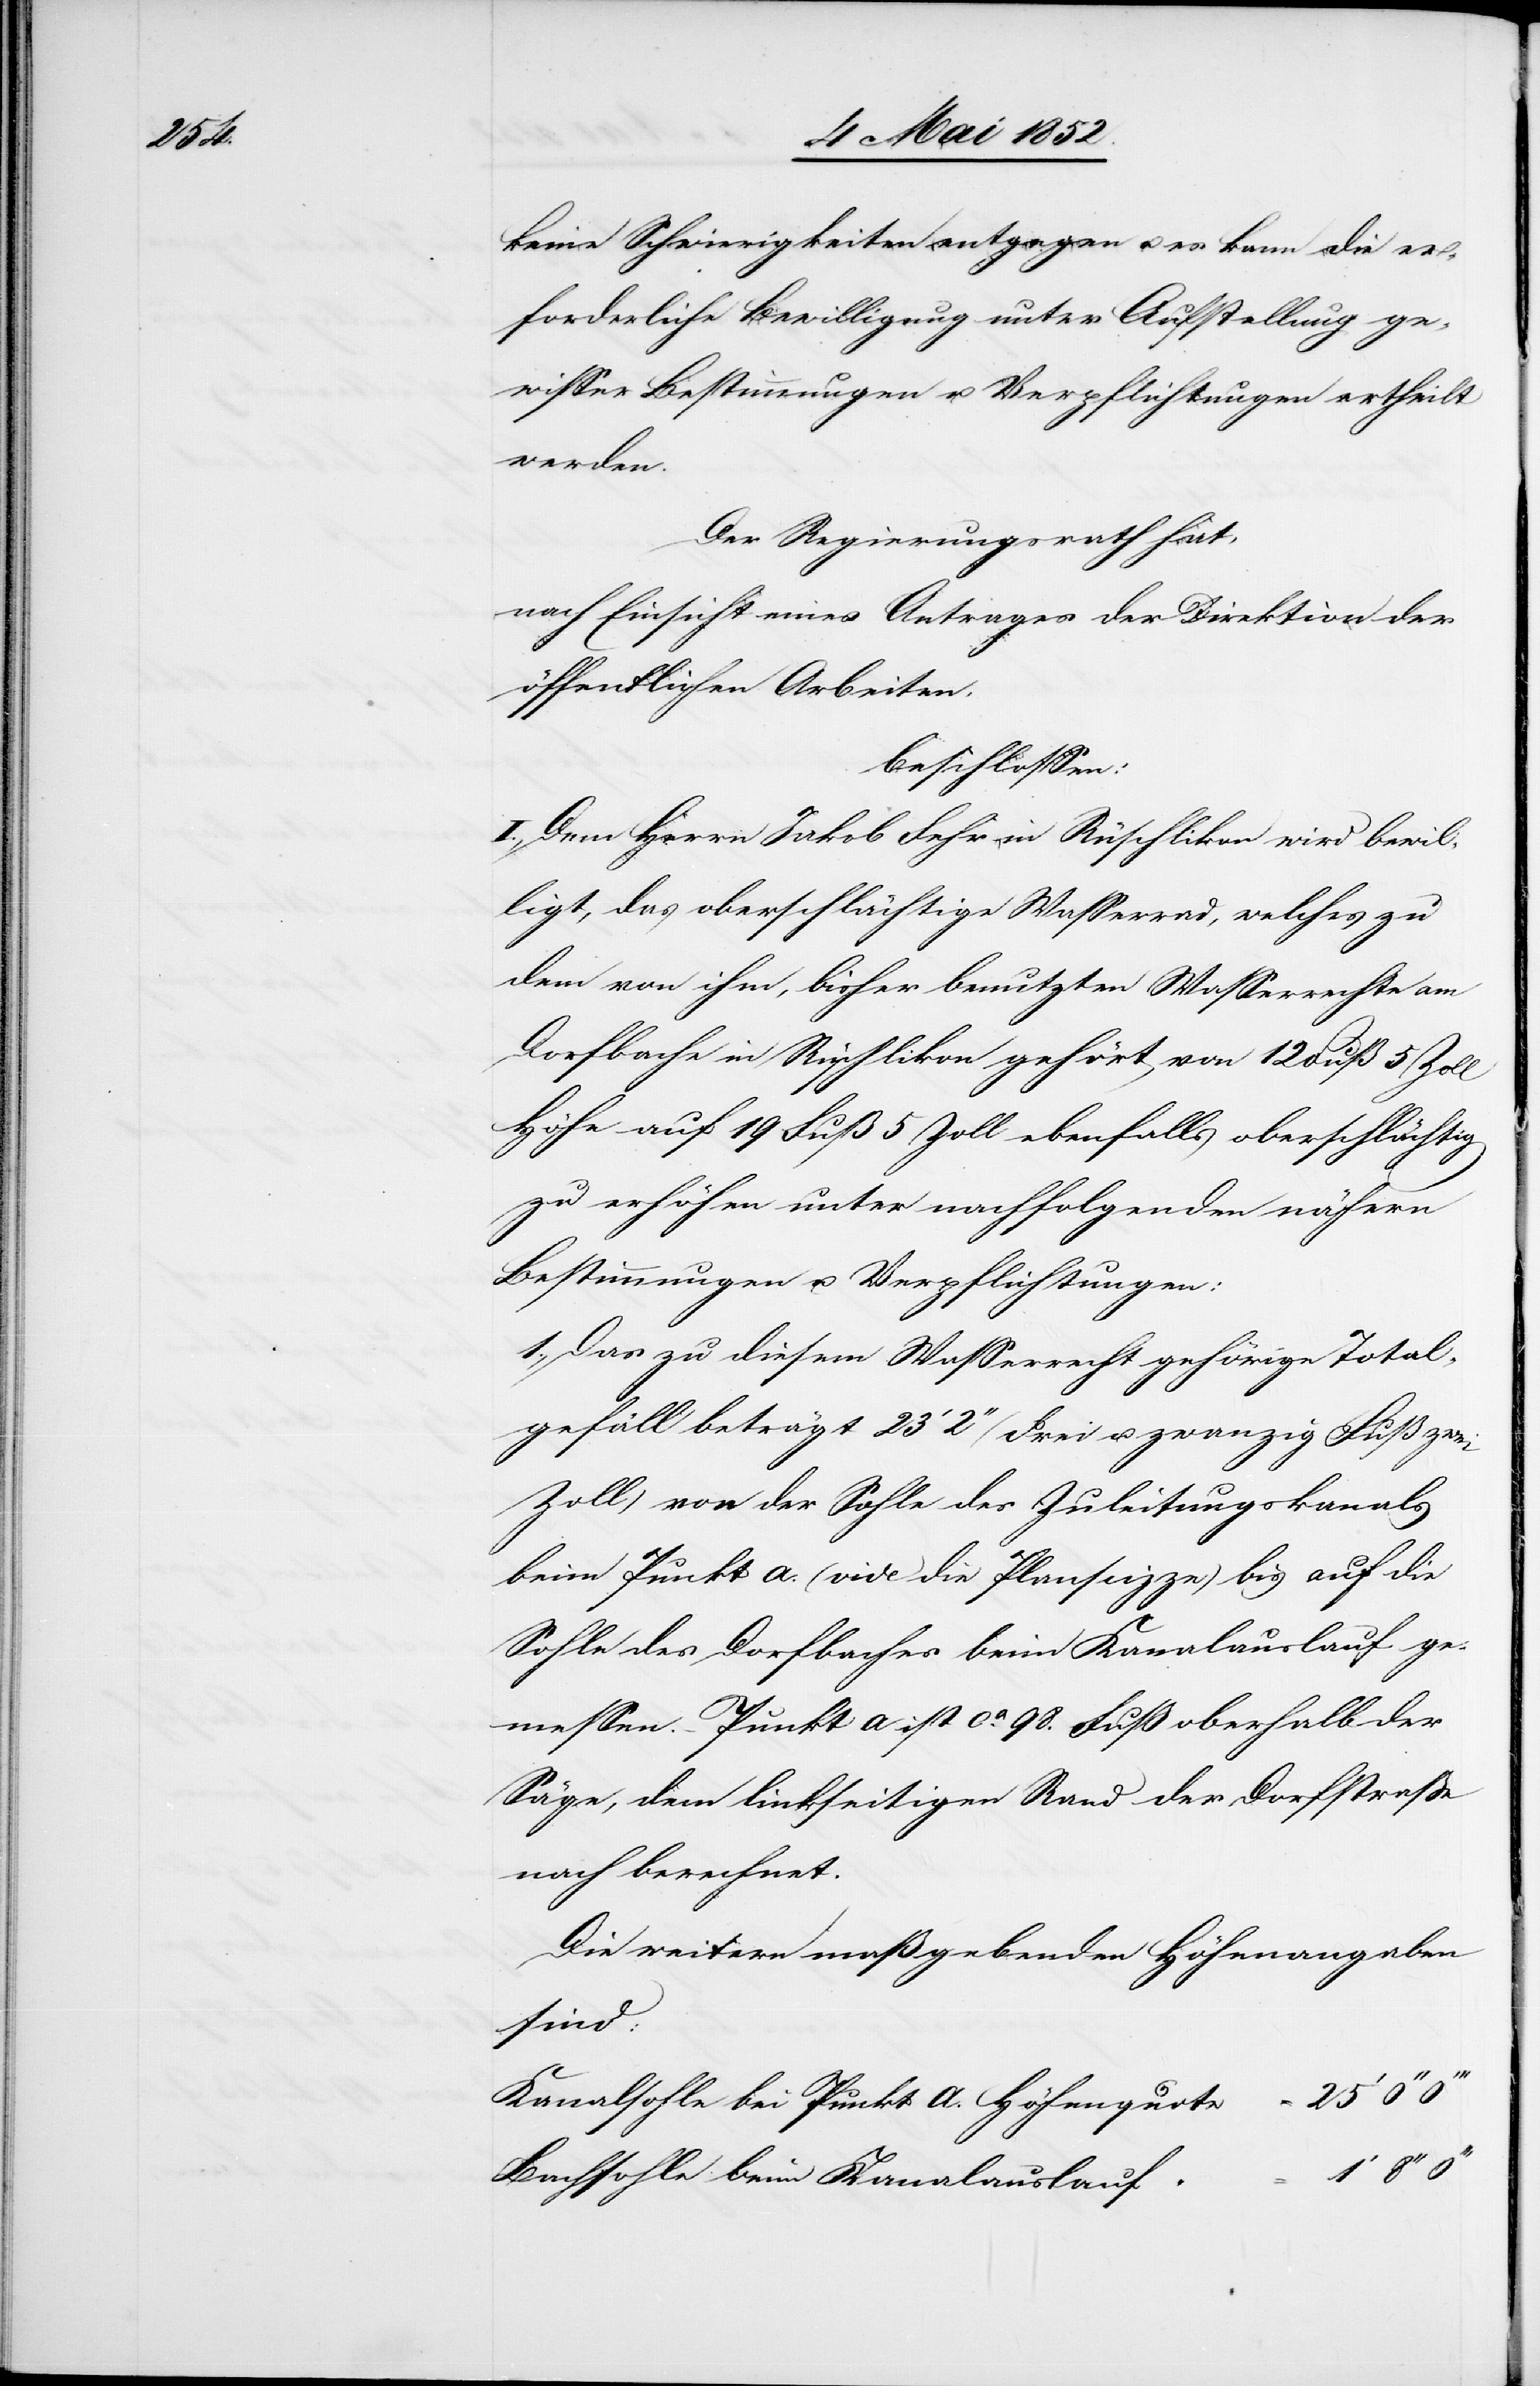
keine Schwierigkeiten entgegen u. es kann die er¬
forderliche Bewilligung unter Aufstellung ge¬
wisser Bestimmungen u. Verpflichtungen ertheilt
werden.
Der Regierungsrath hat,
nach Einsicht eines Antrages der Direktion der
öffentlichen Arbeiten,
beschlossen:
I., Dem Herrn Jakob Fehr in Rüschlikon wird bewil¬
ligt, das oberschlächtige Wasserrad, welches zu
dem von ihm, bisher benutzten Wasserrechte am
Dorfbache in Rüschlikon gehört von 12 Fuß 5 Zoll
Höhe auf 19 Fuß 5 Zoll ebenfalls oberschlächtig
zu erhöhen unter nachfolgenden nähern
Bestimmungen u. Verpflichtungen:
1., Das zu diesem Wasserrecht gehörige Total¬
gefäll beträgt 23‘ 2‘‘ (drei u. zwanzig Fuß zwei
Zoll) von der Sohle des Zuleitungskanals
beim Punkt a. (vide die Planscizze) bis auf die
Sohle des Dorfbaches beim Kanalauslauf ge¬
messen. – Punkt a ist ca. 98. Fuß oberhalb der
Säge, dem linkseitigen Rand der Dorfstrasse
nach berechnet.
Die weitern maßgebenden Höhenangaben
sind:
Kanalsohle bei Punkt a. Höhenquote
25‘
Bachsohle beim Kanalauslauf